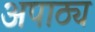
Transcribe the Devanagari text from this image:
अपाठ्य